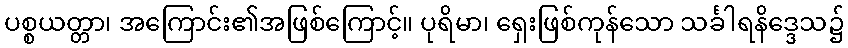
ပစ္စယတ္တာ၊ အကြောင်း၏အဖြစ်ကြောင့်။ ပုရိမာ၊ ရှေးဖြစ်ကုန်သော သင်္ခါရနိဒ္ဒေသ၌